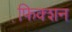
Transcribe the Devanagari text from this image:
फि़क्शन